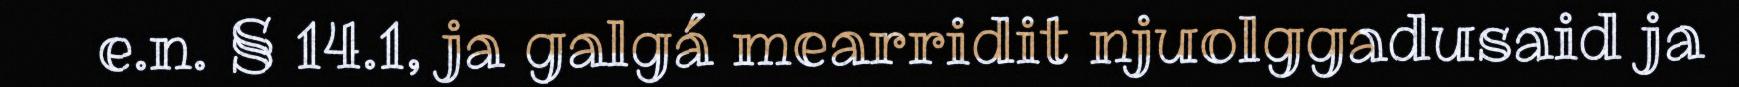
e.n. § 14.1, ja galgá mearridit njuolggadusaid ja